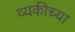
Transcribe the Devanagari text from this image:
व्यकीच्या